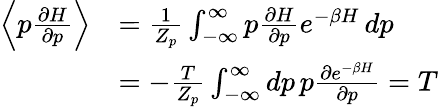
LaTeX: \begin{array}{rl}{\left\langle p\frac{\partial H}{\partial p}\right\rangle}&{=\frac{1}{Z_{p}}\int_{-\infty}^{\infty}p\frac{\partial H}{\partial p}e^{-\beta H}\, dp}\\ &{=-\frac{T}{Z_{p}}\int_{-\infty}^{\infty}dp\, p\frac{\partial e^{-\beta H}}{\partial p}=T}\end{array}